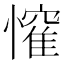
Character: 𭟃